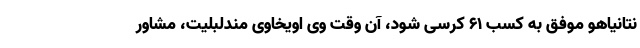
نتانیاهو موفق به کسب ۶۱ کرسی شود، آن وقت وی اویخاوی مندلبلیت، مشاور